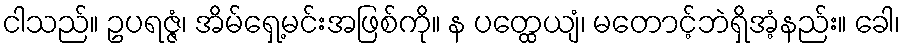
ငါသည်။ ဥပရဇ္ဇံ၊ အိမ်ရှေ့မင်းအဖြစ်ကို။ န ပတ္ထေယျံ၊ မတောင့်ဘဲရှိအံ့နည်း။ ခေါ၊